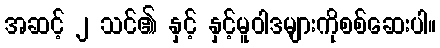
အဆင့် ၂ သင်၏ နှင့် နှင့်မူဝါဒများကိုစစ်ဆေးပါ။